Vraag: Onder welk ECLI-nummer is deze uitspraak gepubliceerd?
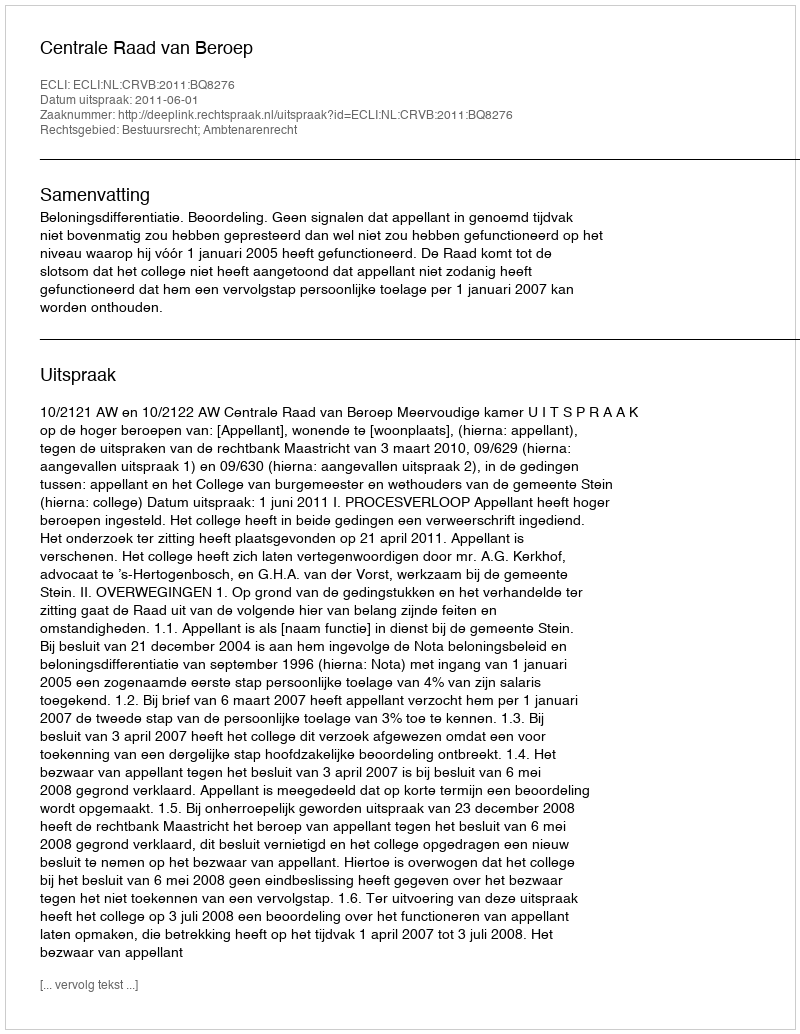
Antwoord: ECLI:NL:CRVB:2011:BQ8276